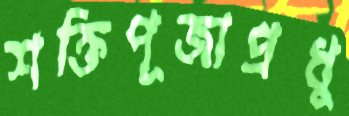
শক্তিপূজাপ্রধু